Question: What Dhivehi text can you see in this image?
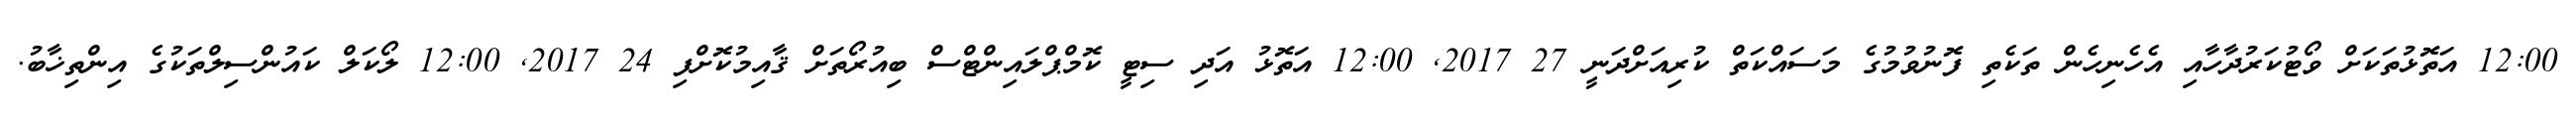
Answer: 12:00 އަތޮޅުތަކަށް ވޯޓުކަރުދާހާއި އެހެނިހެން ތަކެތި ފޮނުވުމުގެ މަސައްކަތް ކުރިއަށްދަނީ 27 2017, 12:00 އަތޮޅު އަދި ސިޓީ ކޮމްޕްލައިންޓްސް ބިއުރޯތަށް ޤާއިމުކޮށްފި 24 2017, 12:00 ލޯކަލް ކައުންސިލްތަކުގެ އިންތިޚާބު.